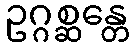
ဥဂ္ဂစ္ဆန္တေ